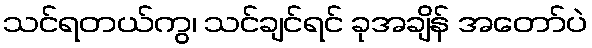
သင်ရတယ်ကွ၊ သင်ချင်ရင် ခုအချိန် အတော်ပဲ